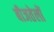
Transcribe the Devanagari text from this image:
बीजतेलों